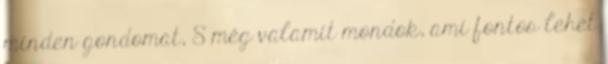
minden gondomat, S még valamit mondok, ami fontos lehet